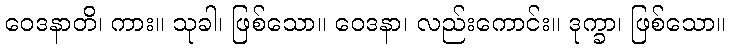
ဝေဒနာတိ၊ ကား။ သုခါ၊ ဖြစ်သော။ ဝေဒနာ၊ လည်းကောင်း။ ဒုက္ခာ၊ ဖြစ်သော။